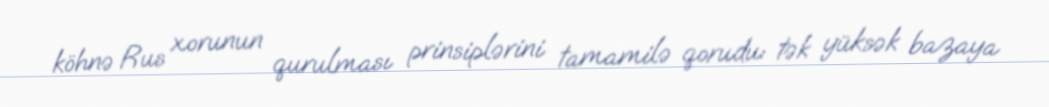
köhnə Rus xorunun qurulması prinsiplərini tamamilə qorudu: tək yüksək bazaya